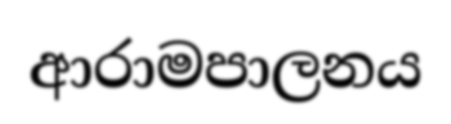
ආරාමපාලනය